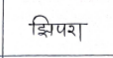
मजकूर: झिपरा